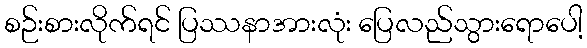
စဉ်းစားလိုက်ရင် ပြဿနာအားလုံး ပြေလည်သွားရောပေါ့